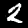
Label: 2